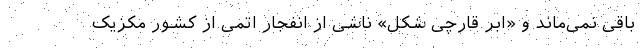
باقی نمی‌ماند و «ابر قارچی شکل» ناشی از انفجار اتمی از کشور مکزیک